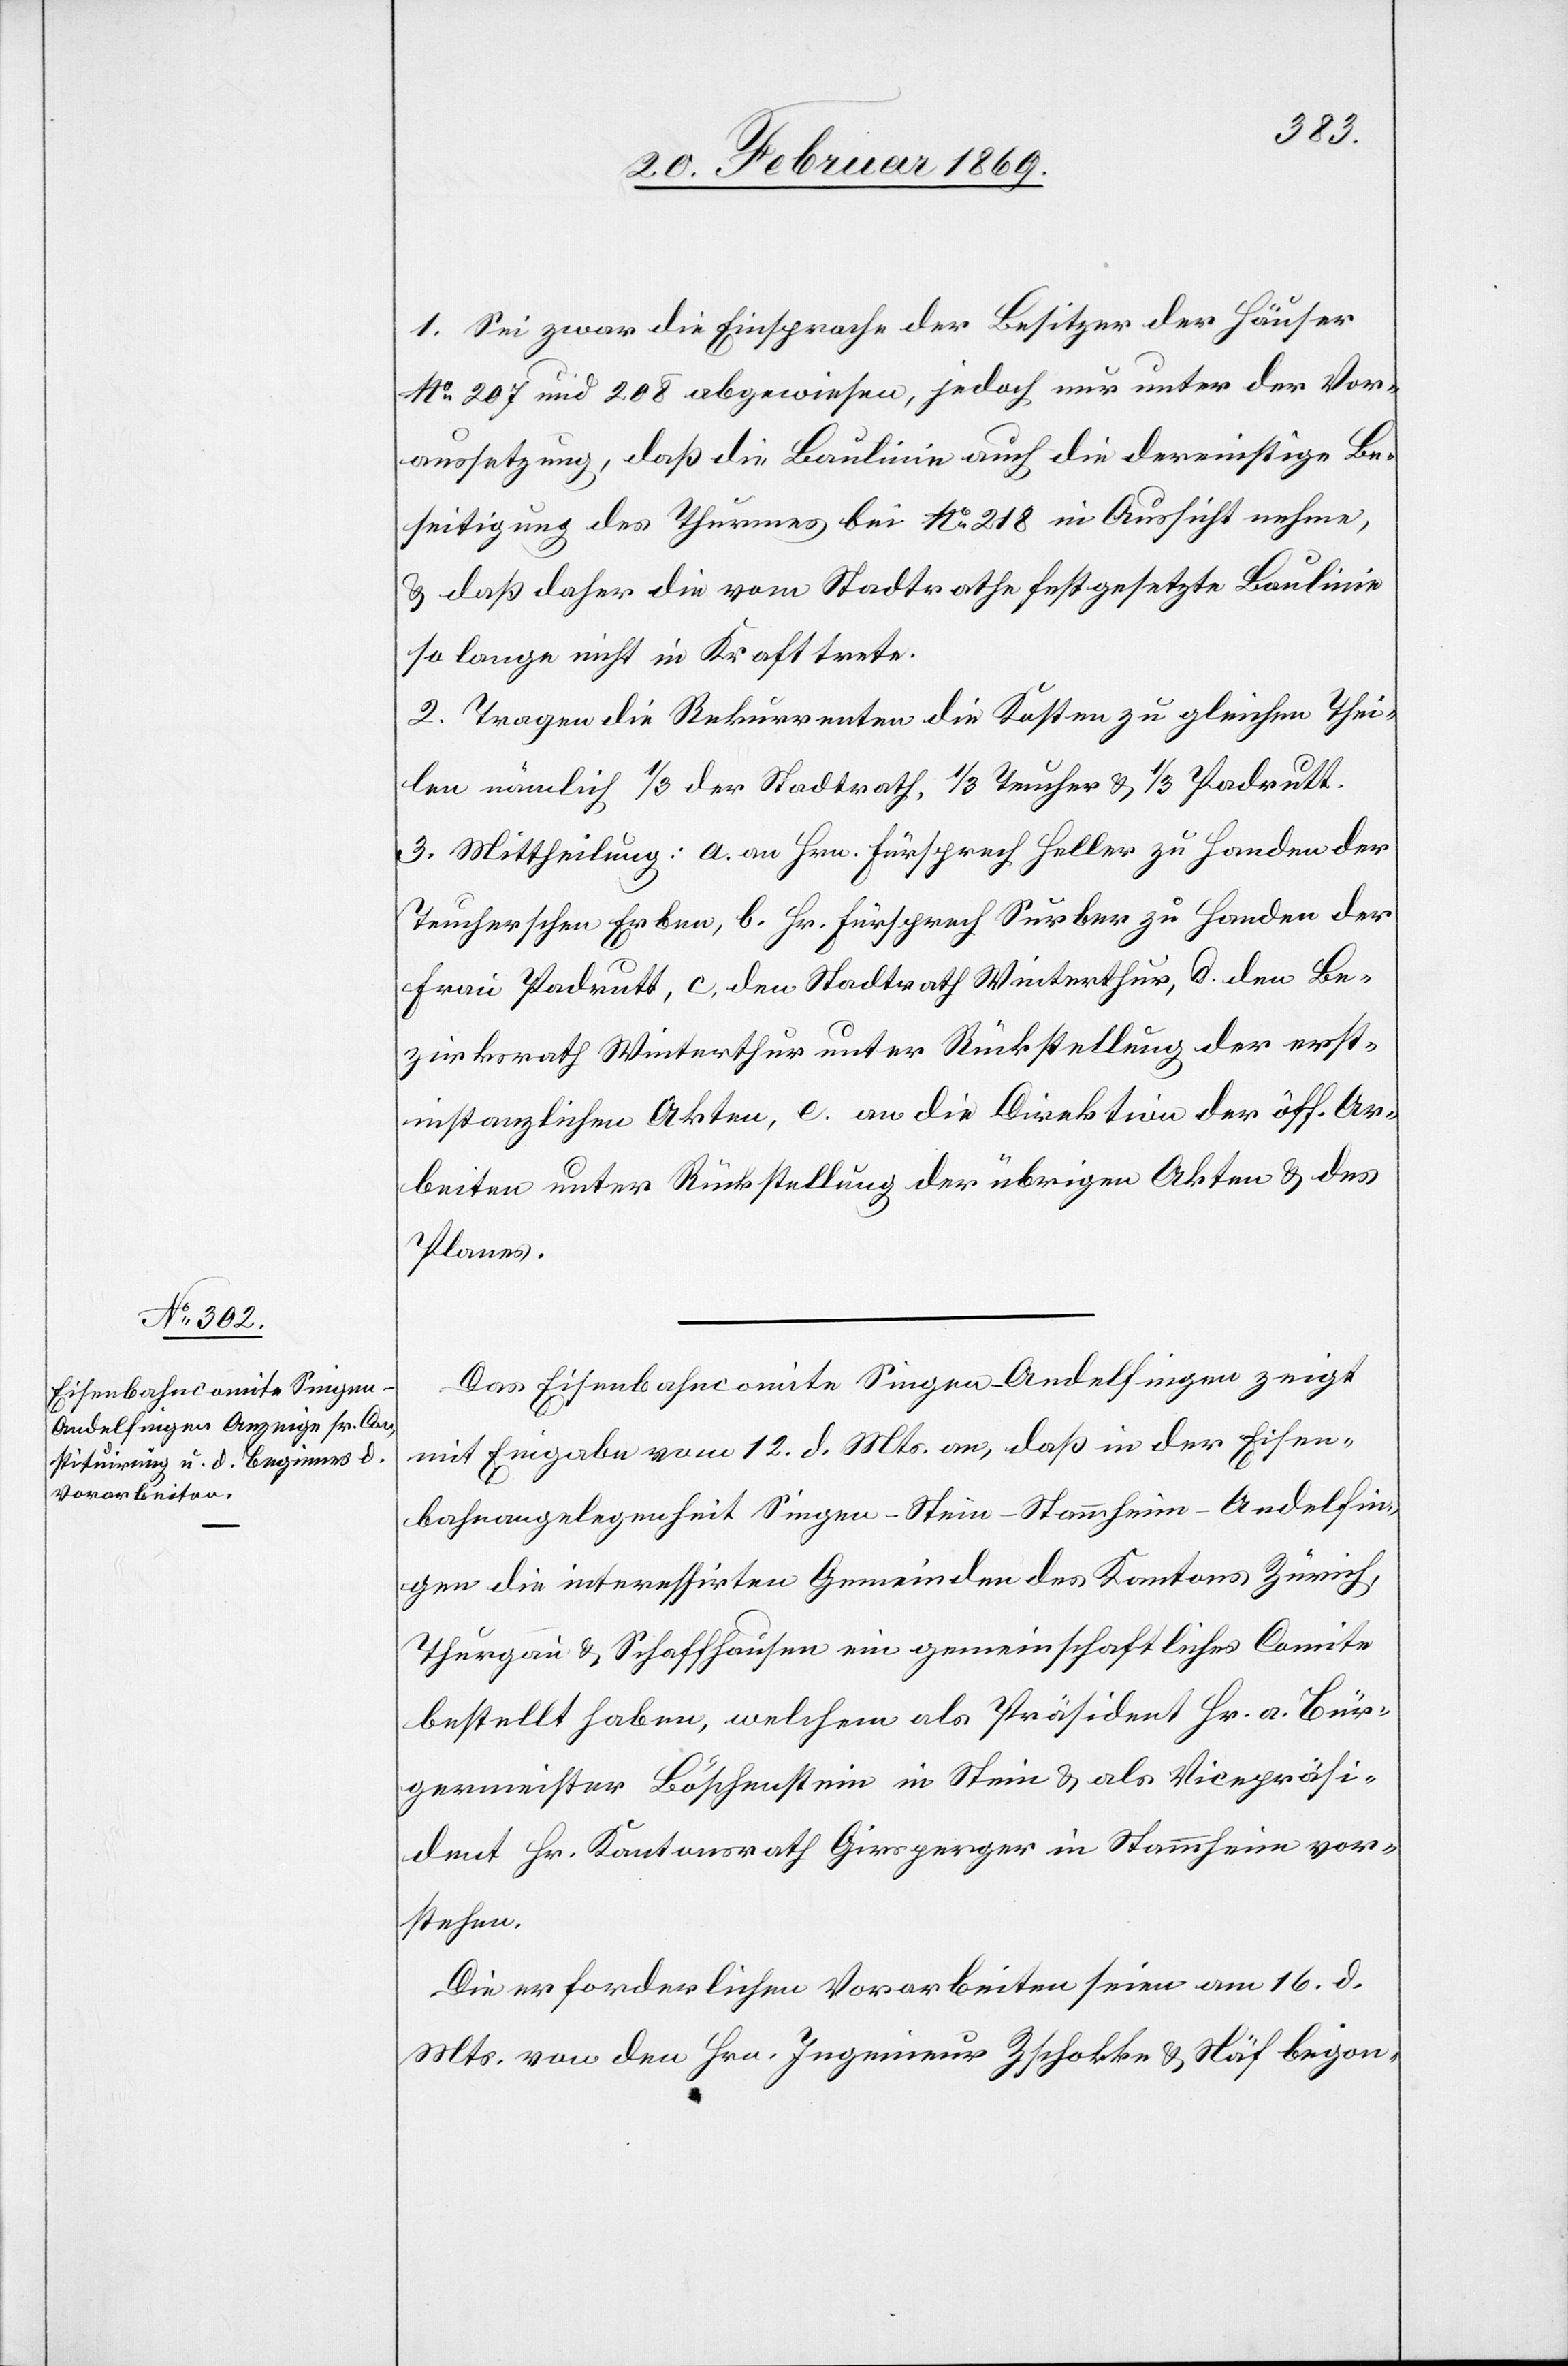
1. Sei zwar die Einsprache der Besitzer der Häuser
N° 207 und 208 abgewiesen, jedoch nur unter der Vor¬
aussetzung, daß die Baulinie auch die dereinstige Be¬
seitigung des Thurmes bei N°218 in Aussicht nehme,
& daß daher die vom Stadtrathe festgesetzte Baulinie
so lange nicht in Kraft trete.
2. Tragen die Rekurrenten die Kosten zu gleichen Thei¬
len nämlich 1/3 der Stadtrath, 1/3 Teucher & 1/3 Padrutt.
3. Mittheilung: A. an Hrn. Fürsprech Heller zu Handen der
Teucherschen Erben, B. Hr. Fürsprech Surber zu Handen der
Frau Padrutt, C. den Stadtrath Winterthur, D. den Be¬
zirksrath Winterthur unter Rückstellung der erst¬
instanzlichen Akten, C. an die Direktion der öff. Ar¬
beiten unter Rückstellung der übrigen Akten u. des
Planes.
Das Eisenbahncomite Singen-Andelfingen zeigt
mit Einsprache vom 12. d. Mts. an, daß in der Eisen¬
bahnangelegenheit Singen–Stein–Stammheim–Andelfin¬
gen die interessirten Gemeinden des Kantons Zürich,
Thurgau & Schaffhausen ein gemeinschaftliches Comite
bestellt haben, welchem als Präsident Hr. a. Bür¬
germeister Böschenstein in Stein & als Vicepräsi¬
dent Hr. Kantonsrath Girsperger in Stammheim vor¬
stehen.
Die erforderlichen Vorarbeiten seien am 16. d.
Mts. von den Hrn. Ingenieur Zschokke & Näf begon-